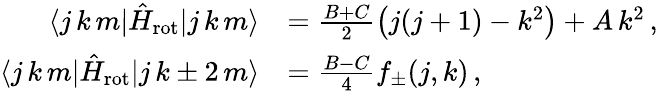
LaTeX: \begin{array}{rl}{\langle j\, k\, m|\hat{H}_{\mathrm{rot}}|j\, k\, m\rangle}&{=\frac{B+C}{2}\left(j(j+1)-k^{2}\right)+A\, k^{2}\, ,}\\ {\langle j\, k\, m|\hat{H}_{\mathrm{rot}}|j\, k\pm 2\, m\rangle}&{=\frac{B-C}{4}f_{\pm}(j,k)\, ,}\end{array}